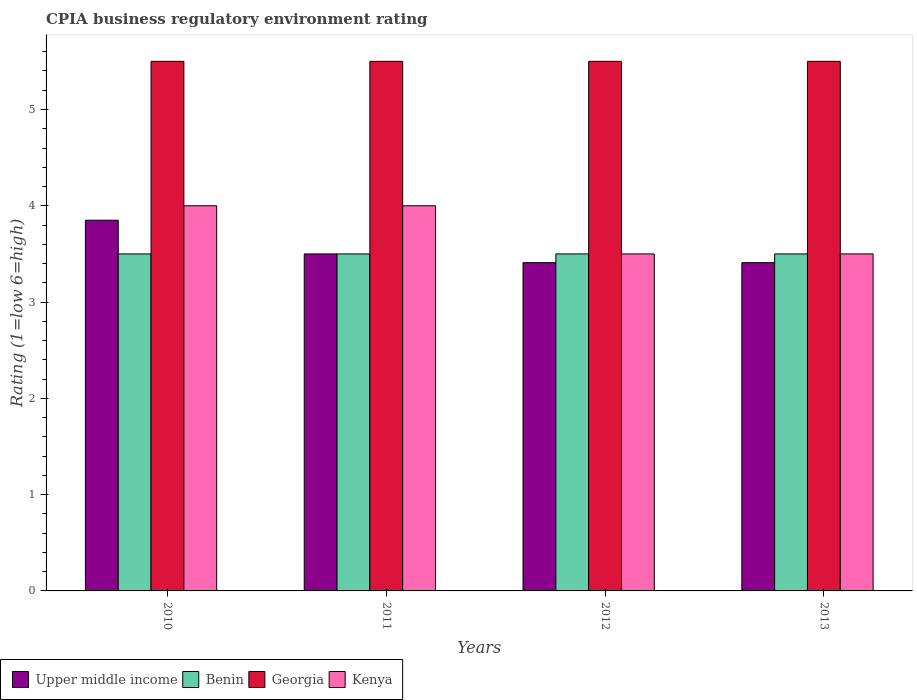
| Years | Upper middle income | Benin | Georgia | Kenya |
 | --- | --- | --- | --- | --- |
 | 2010 | 3.85 | 3.5 | 5.5 | 4 |
 | 2011 | 3.5 | 3.5 | 5.5 | 4 |
 | 2012 | 3.41 | 3.5 | 5.5 | 3.5 |
 | 2013 | 3.41 | 3.5 | 5.5 | 3.5 |